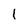
Character: 1